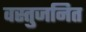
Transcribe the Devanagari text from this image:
वस्तुजनित